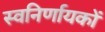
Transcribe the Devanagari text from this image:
स्वनिर्णायकों